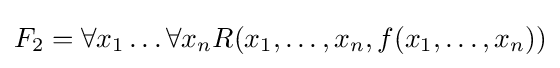
F_{2}=\forall x_{1}\dots \forall x_{n}R(x_{1},\dots ,x_{n},f(x_{1},\dots ,x_{n}))